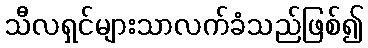
သီလရှင်များသာလက်ခံသည်ဖြစ်၍